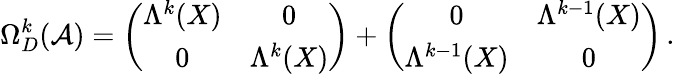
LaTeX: \Omega_{D}^{k}({\cal A})=\left(\begin{array}{cc}{{\Lambda^{k}(X)}}&{{0}}\\ {{0}}&{{\Lambda^{k}(X)}}\end{array}\right)+\left(\begin{array}{cc}{{0}}&{{\Lambda^{k-1}(X)}}\\ {{\Lambda^{k-1}(X)}}&{{0}}\end{array}\right)\, .